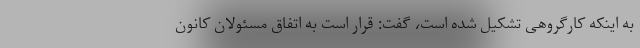
به اینکه کارگروهی تشکیل شده است، گفت: قرار است به اتفاق مسئولان کانون